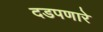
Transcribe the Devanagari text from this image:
दडपणारे